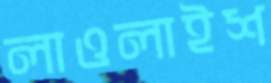
লাওলাইশ